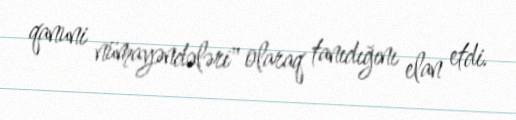
qanuni nümayəndələri" olaraq tanıdığını elan etdi.